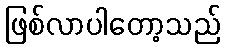
ဖြစ်လာပါတော့သည်